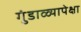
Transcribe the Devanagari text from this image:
गुंडाळ्यापेक्षा